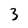
Character: 3